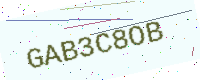
Text: GAB3C8OB